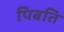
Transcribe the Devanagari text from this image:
पिबति